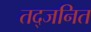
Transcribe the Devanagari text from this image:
तद्जनित